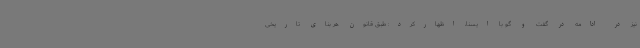
نیز در ادامه در گفت و گو با ایسنا، اظهارکرد: طبق قانون هر بنای تاریخی